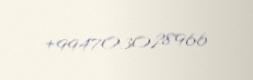
+994703028966